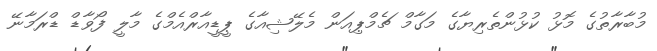
މުބާރާތުގެ މޮޅު ކުޅުންތެރިޔާގެ މަގާމް ޗެމްޕިއަން މެލޭޝިއާގެ ޕީޑީއާރްއެމްގެ މާލީ ފޯވާޑް ޑްރަމާނޭ